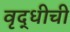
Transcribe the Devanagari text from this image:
वृद्धीची